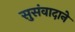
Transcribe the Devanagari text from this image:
सुसंवादाने